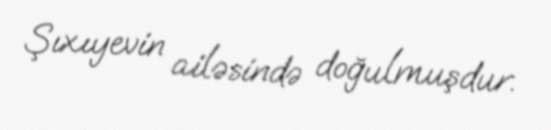
Şıxıyevin ailəsində doğulmuşdur.